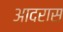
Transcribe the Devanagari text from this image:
आदरास